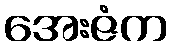
အေးဇံက